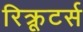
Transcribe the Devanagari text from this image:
रिक्रूटर्स